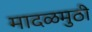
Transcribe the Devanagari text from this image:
मादळमुठी